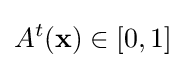
A^{t}(\mathbf {x} )\in [0,1]